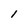
Character: 1